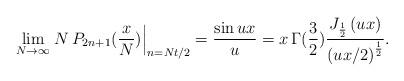
LaTeX: \begin{align*}\lim_{N\rightarrow\infty}\left.N\,P_{2n+1}(\frac{x}{N})\right|_{n=Nt/2}=\frac{\sin u x }{u}=x\,\Gamma(\frac32) \frac{J_{\frac12}\left( u x \right)}{\left( u x/2 \right)^{\frac12}}.\end{align*}